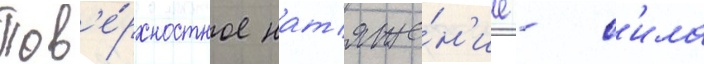
Пов'е́рхностное нат'яже́н'ие - с'ила